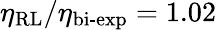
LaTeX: \eta_{\textrm{RL}}/\eta_{\textrm{bi-exp}}=1.02